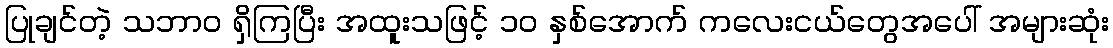
ပြုချင်တဲ့ သဘာဝ ရှိကြပြီး အထူးသဖြင့် ၁၀ နှစ်အောက် ကလေးငယ်တွေအပေါ် အများဆုံး